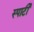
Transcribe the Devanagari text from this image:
स्पार्टी